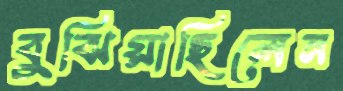
বুঝিয়াছিলেন